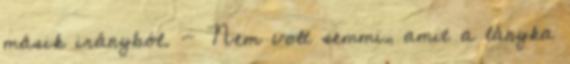
másik irányból. - Nem volt semmi, amit a lányka